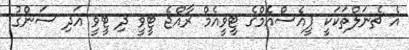
އެ ޗެނަލްތަކަކީ ޕީއެސްއެމްގެ ޓީވީއެމް ރާއްޖެ ޓީވީ ދި ޓީވީ އަދި ސަންގު